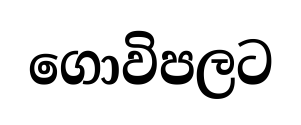
ගොවිපලට